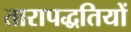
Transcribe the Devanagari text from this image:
तारापद्धतियों